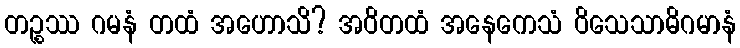
တဉ္စဿ ဂမနံ တထံ အဟောသိ? အဝိတထံ အနေကေသံ ဝိသေသာဓိဂမာနံ